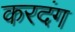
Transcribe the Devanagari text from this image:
करदंग